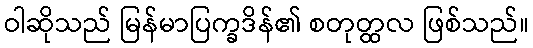
ဝါဆိုသည် မြန်မာပြက္ခဒိန်၏ စတုတ္ထလ ဖြစ်သည်။